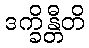
ဒက္ခိန္တီတိ